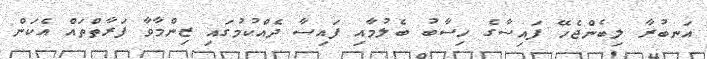
އަނބުރާ ލިބެންޖެހޭ ފައިސާގެ ހިސާބު ބެލުމާއި ފައިސާ ދެއްކުމުގައި ޒިންމާވާ ފަރާތްތައް އެކަން